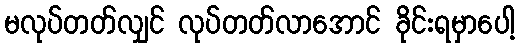
မလုပ်တတ်လျှင် လုပ်တတ်လာအောင် ခိုင်းရမှာပေါ့